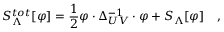
S _ { \Lambda } ^ { t o t } [ \varphi ] = { \frac { 1 } { 2 } } \varphi \cdot { \Delta _ { U V } ^ { - 1 } } \cdot \varphi + S _ { \Lambda } [ \varphi ] \quad ,